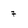
Character: 7